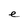
Character: e